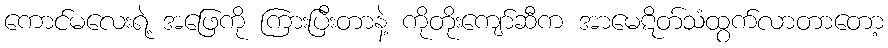
ကောင်မလေးရဲ့ အဖြေကို ကြားပြီးတာနဲ့ ကိုတိုးကျော်ဆီက အာမေဋိတ်သံထွက်လာတာတော့